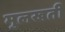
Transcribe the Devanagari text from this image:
मुलखती